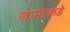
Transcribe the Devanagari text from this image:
जन्माकडे